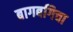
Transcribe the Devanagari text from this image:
बागबगिचा